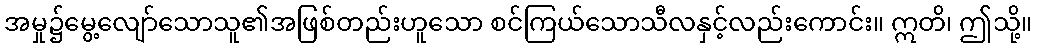
အမှု၌မွေ့လျော်သောသူ၏အဖြစ်တည်းဟူသော စင်ကြယ်သောသီလနှင့်လည်းကောင်း။ ဣတိ၊ ဤသို့။